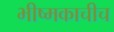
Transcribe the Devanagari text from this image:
भीष्मकाचीच